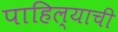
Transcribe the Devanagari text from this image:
पाहिल्याची